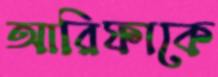
আরিফাকে